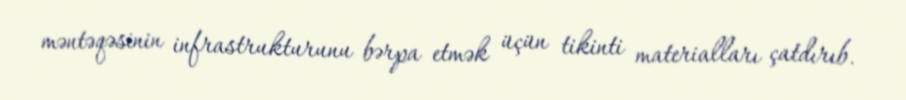
məntəqəsinin infrastrukturunu bərpa etmək üçün tikinti materialları çatdırıb.